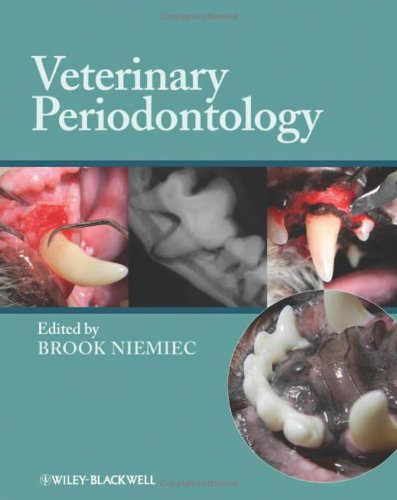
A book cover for Veterinary Periodontology; Medical Books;